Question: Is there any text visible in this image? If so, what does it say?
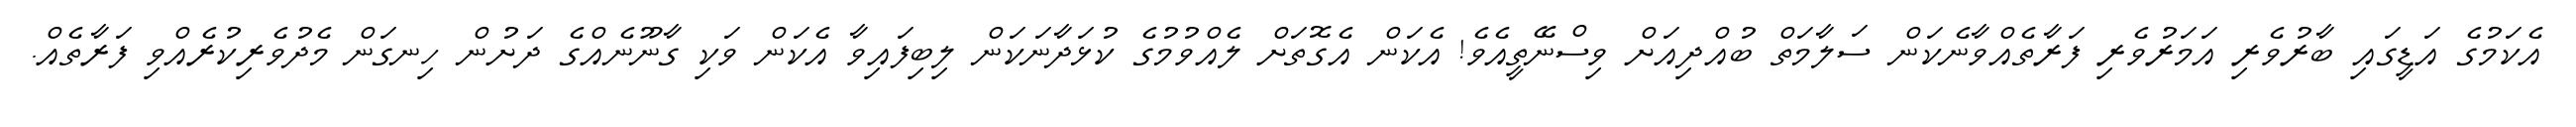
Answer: އެކަމުގެ އަޑީގައި ބާރުވެރި އަމަރުވެރި ފަރާތެއްވާނެކަން ސަލާމަތް ބުއްދިއަށް ވިސްނޭތީއެވެ! އެކަން އެގޮތަށް ލެއްވުމުގެ ކުޅަދާނަކަން ލިބިފައިވާ އެކަން ވަކި ގާނޫނެއްގެ ދަށުން ހިނގަން މެދުވެރިކުރެއްވި ފަރާތެއް.